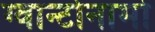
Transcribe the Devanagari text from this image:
ग्वान्टोनामो